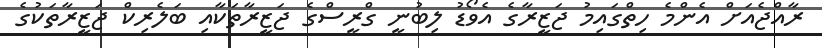
ރާއްޖެއަށް އެންމެ ހިތްގައިމު ޖަޒީރާގެ އެވޯޑު ލިބުނީ ގްރީސްގެ ޖަޒީރާތަކާއި ބަލެރިކް ޖަޒީރާތަކުގެ